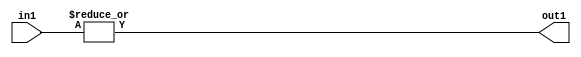
`timescale 1ps / 1ps
/*****************************************************************************
    Verilog RTL Description
    
    
    Created by: Stratus DpOpt 21.05.01 
*******************************************************************************/

module SobelFilter_OrReduction_6U_1U_4 (
	in1,
	out1
	); /* architecture "behavioural" */ 
input [5:0] in1;
output  out1;
wire  asc001;

assign asc001 = 
	(|in1);

assign out1 = asc001;
endmodule

/* CADENCE  urfyTgg= : u9/ySxbfrwZIxEzHVQQV8Q== ** DO NOT EDIT THIS LINE ******/